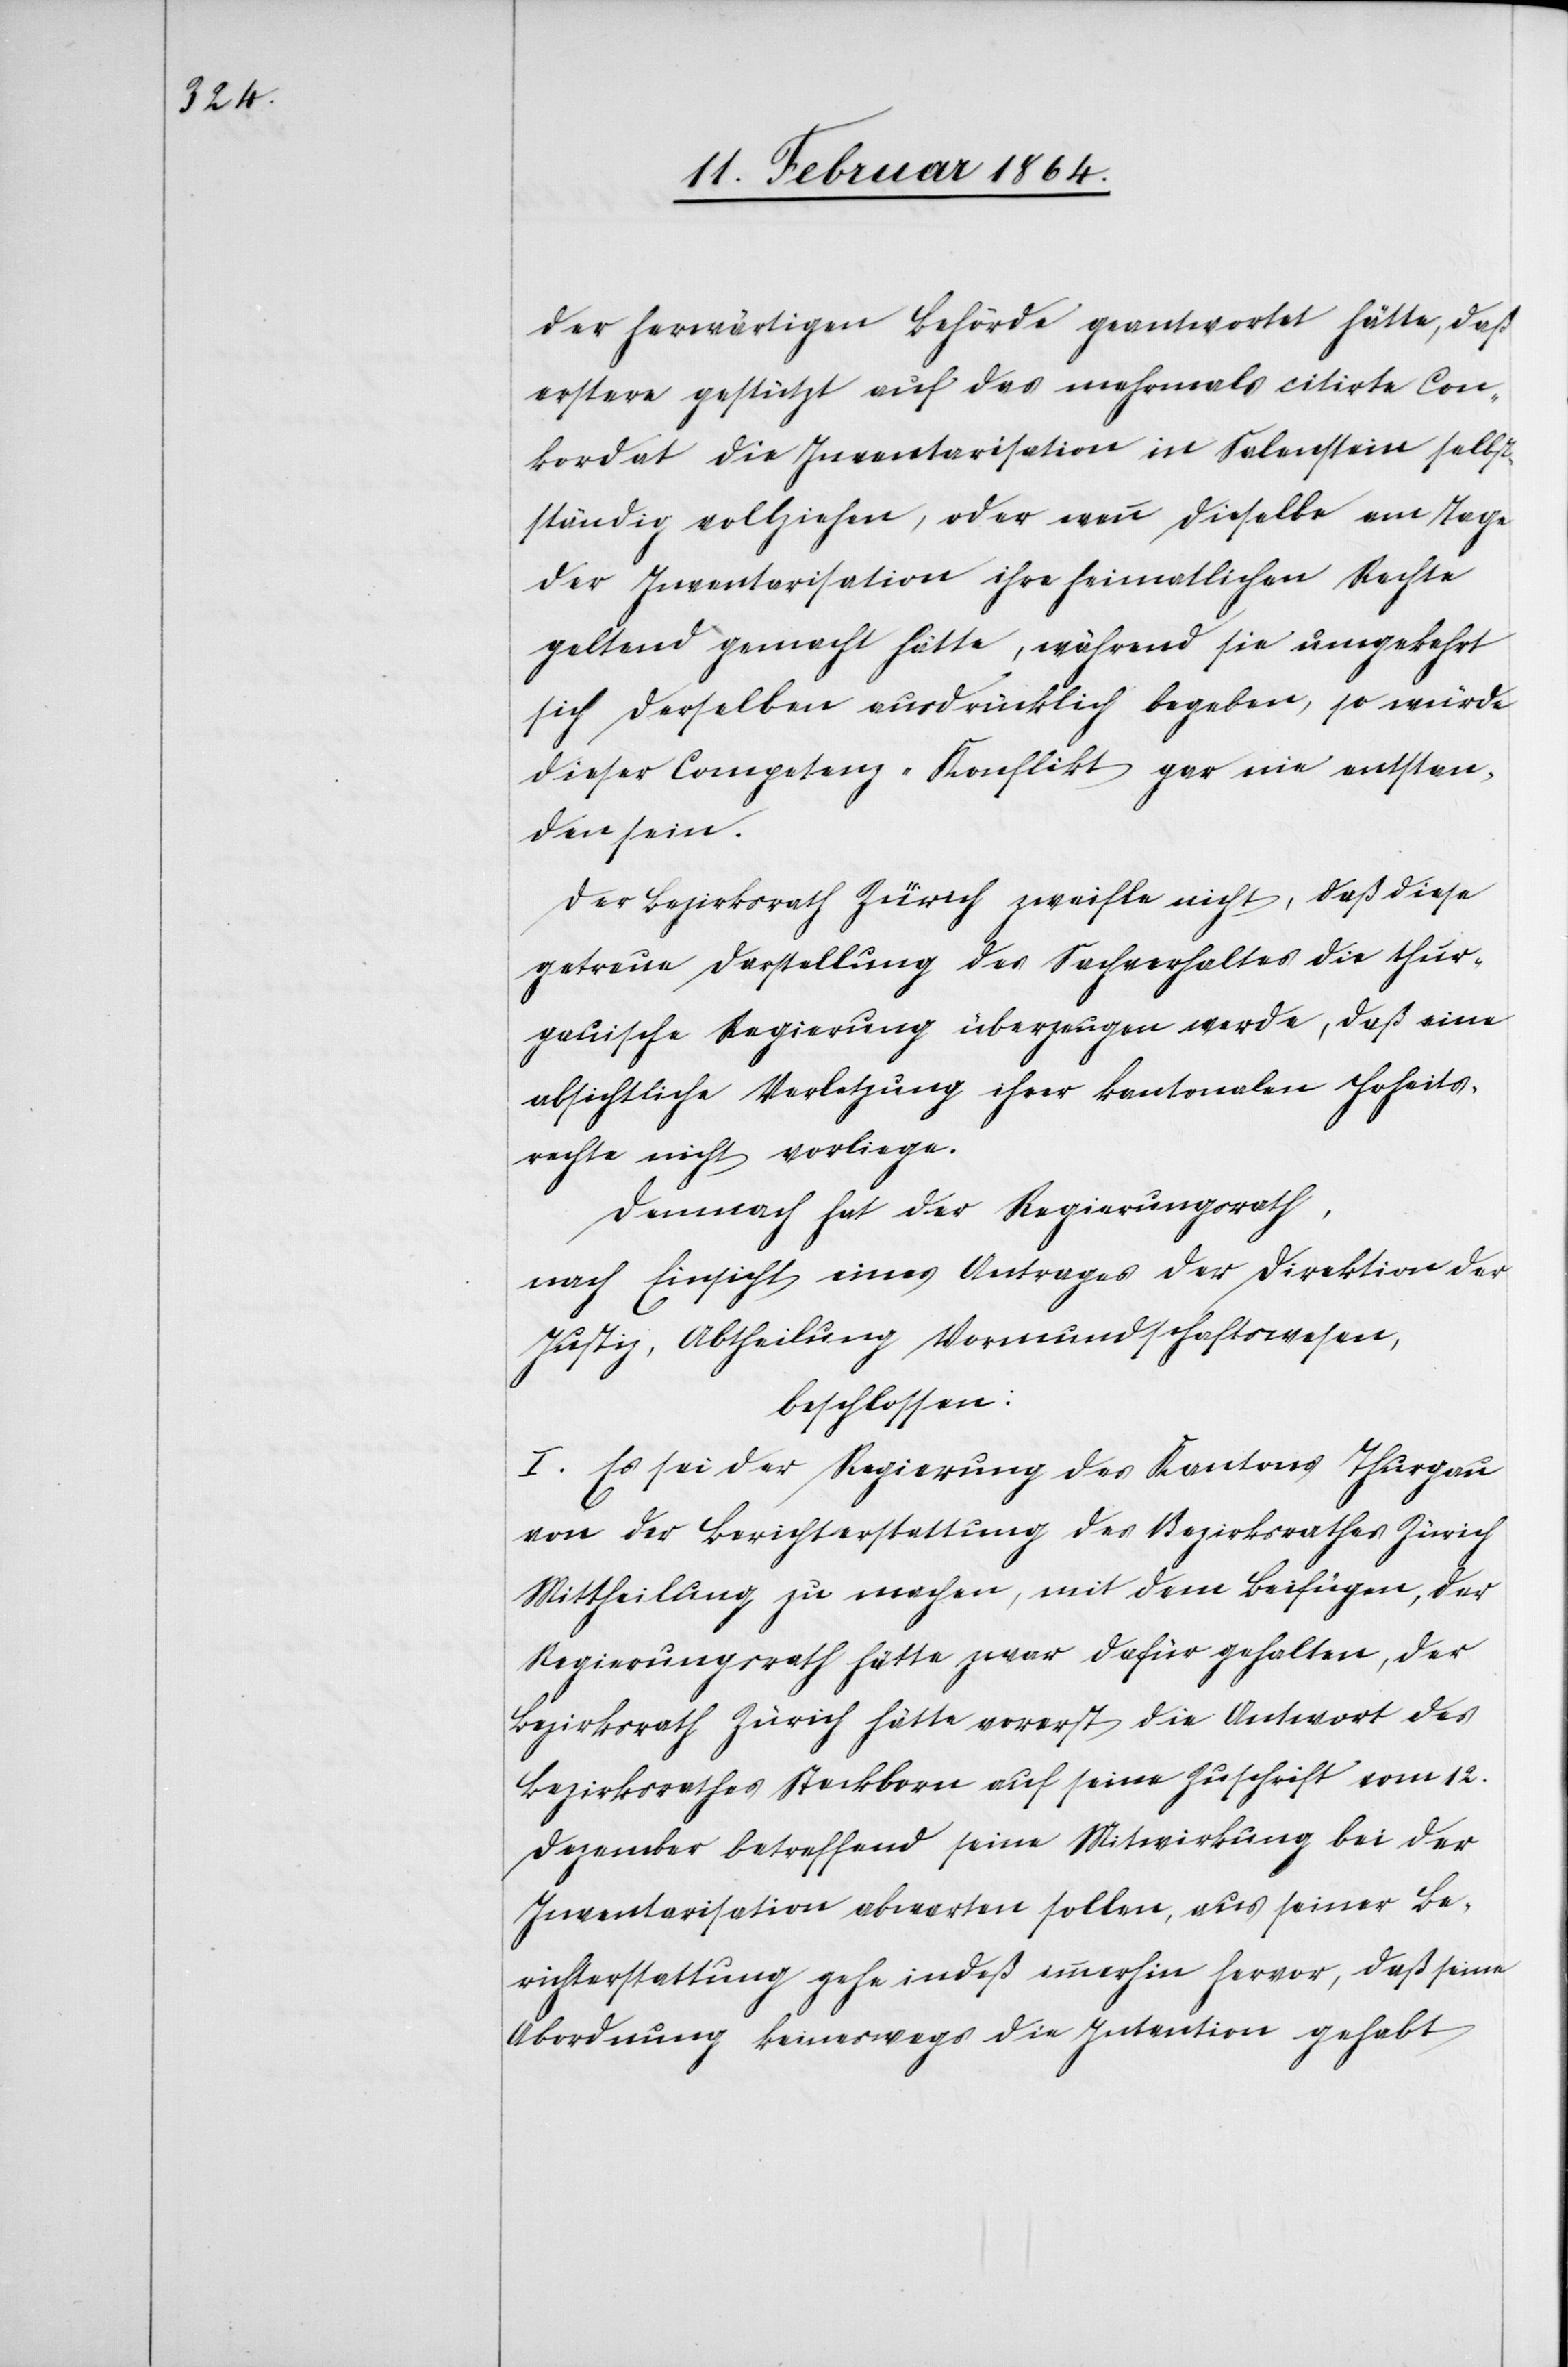
der herwärtigen Behörde geantwortet hätte, daß
erstere gestützt auf das mehrmals citirte Con¬
kordat die Inventarisation in Salenstein selbst¬
ständig vollziehen, oder wenn dieselbe am Tage
der Inventarisation ihre heimatlichen Rechte
geltend gemacht hätte, während sie umgekehrt
sich derselben ausdrücklich begeben, so würde
dieser Competenz-Konflikt gar nie entstan¬
den sein.
Der Bezirksrath Zürich zweifle nicht, daß diese
getreue Darstellung des Sachverhaltes die thur¬
gauische Regierung überzeugen werde, daß eine
absichtliche Verletzung ihrer kantonalen Hooheits¬
rechte nicht vorliege.
Demnach hat der Regierungsrath,
nach Einsicht eines Antrages der Direktion der
Justiz, Abtheilung Vormundschaftswesen,
beschlossen:
1. Es sei der Regierung des Kantons Thurgau
von der Berichterstattung des Bezirksrathes Zürich
Mittheilung zu machen, mit dem Beifügen, der
Regierungsrath hätte zwar dafür gehalten, der
Bezirksrath Zürich hätte vorerst die Antwort des
Bezirksrathes Steckborn auf seine Zuschrift vom 12.
Dezember betreffend seine Mitwirkung bei der
Inventarisation abwarten sollen, aus seiner Be¬
richterstattung gehe indeß immerhin hervor, daß seine
Abordnung keineswegs die Intention gehabt